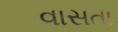
વાસતા